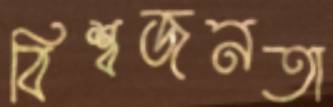
বিশ্বজনতা